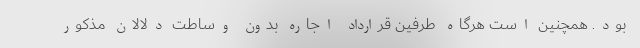
بود. همچنین است هرگاه طرفین قرارداد اجاره بدون وساطت دلالان مذکور